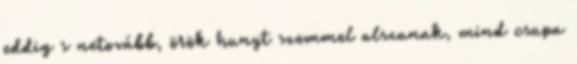
eddig s netovább, örök hunyt szemmel alszanak, mind csupa